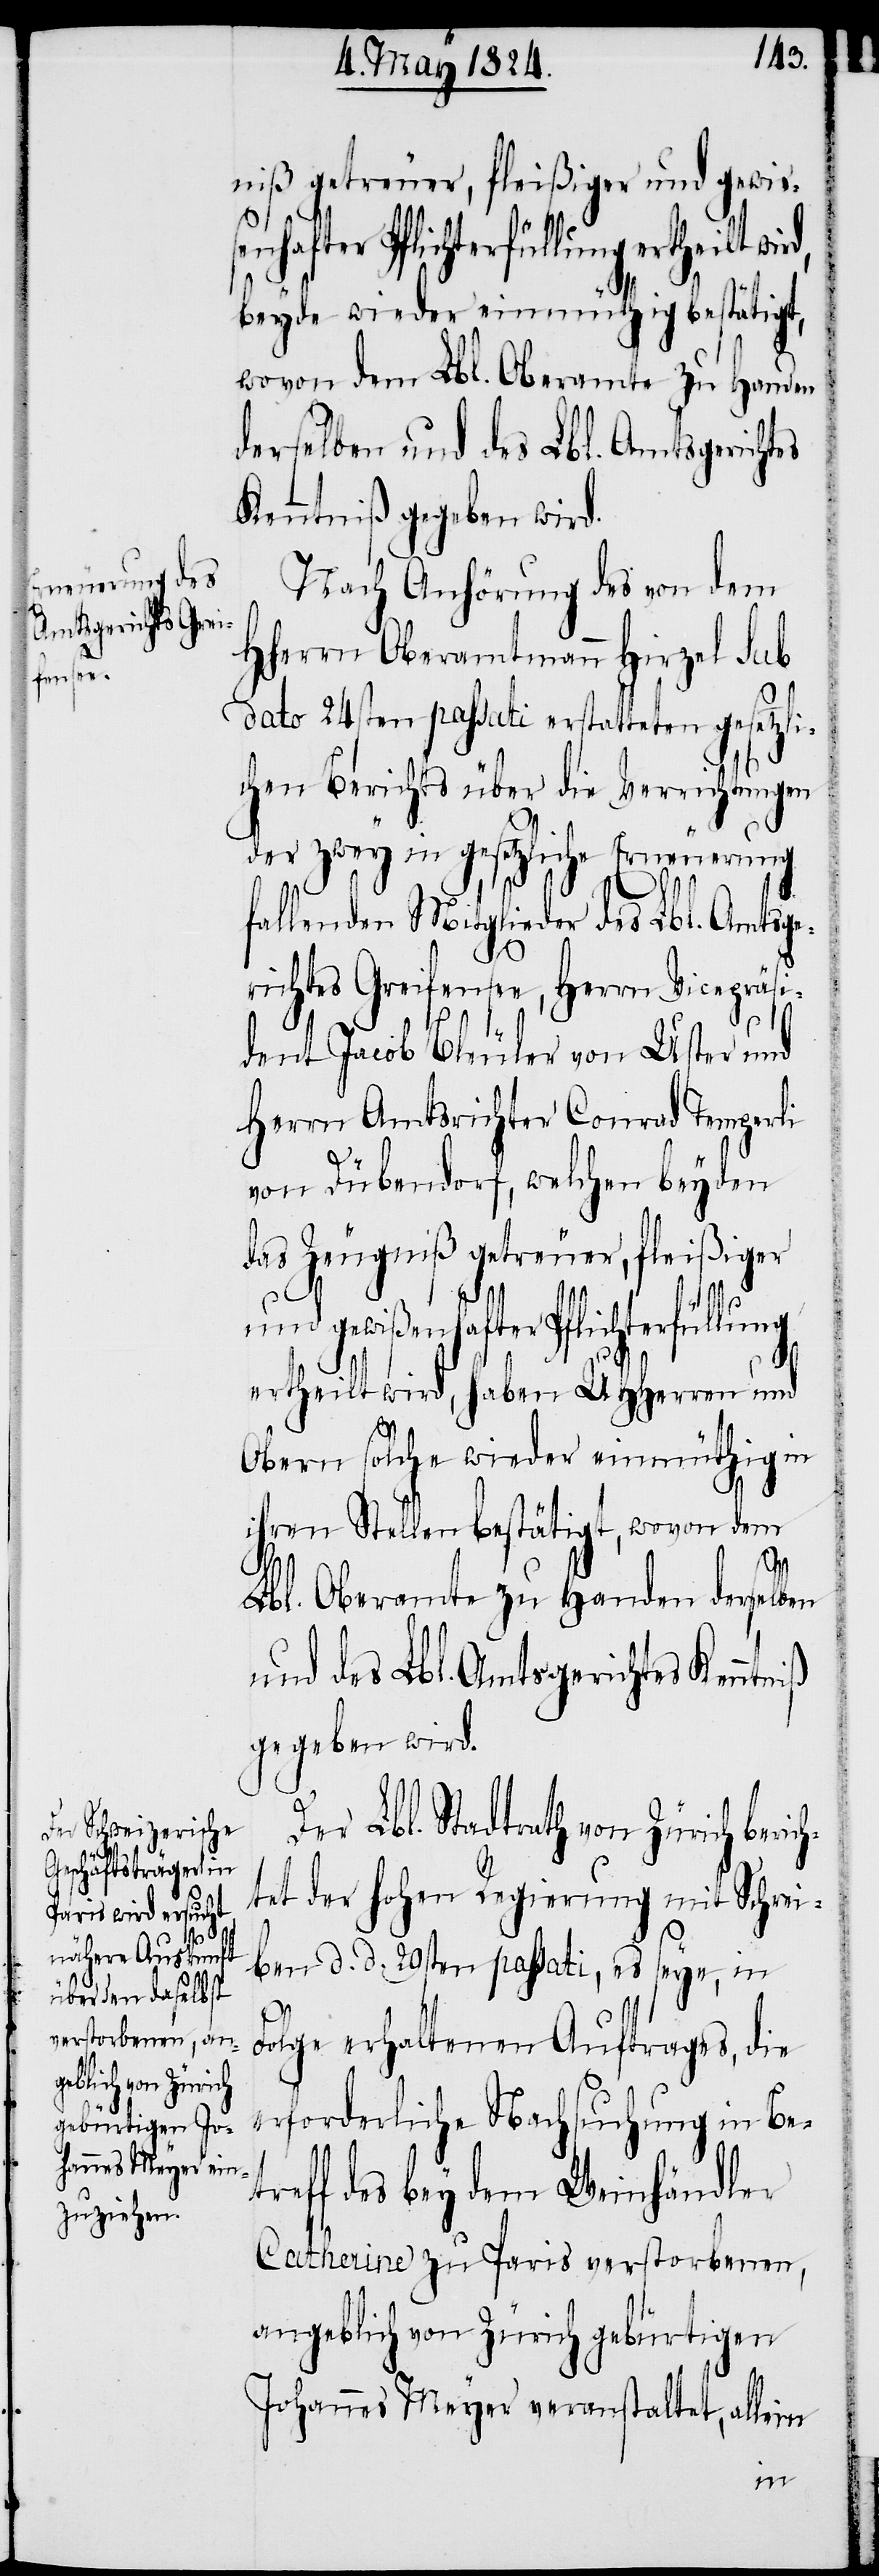
niß getreuer, fleißiger und gewiße¬
nhafter Pflichterfüllung ertheilt
beyde wieder einmüthig bestätigt,
wovon dem Lbl. Oberamte zu Handen
derselben und des Lbl. Amtsgerichtes
Kenntniß gegeben wird.
Nach Anhörung des von dem
HHerrn Oberamtmann Hirzel sub
dato 24sten passati erstatteten gesetzli¬
chen Berichts über die Verrichtungen
der zwey in gesetzliche Erneuerung
fallenden Mitglieder des Lbl. Amtsge¬
richtes Greifensee, Herrn Vicepräsi¬
dent Jacob Bleuler von Uster und
Herrn Amtsrichter Conrad Tempereli
von Dübendorf, welchen beyden
das Zeugniß getreuer, fleißiger
Pflichterfüllung
ertheilt wird, haben UHHerren und
Obern solche wieder einmüthig in
ihren Stellen bestätigt, wovon dem
ch¬
Lbl. Oberamte zu Handen derselben
und des Lbl. Amtsgerichtes Kenntniß
gegeben wird.
Der Lbl. Stadtrath von Zürich beri¬
tet der hohen Regierung mit Schrei¬
ben d. d. 29sten passati, es seye, in
Folge erhaltenen Auftrages, die
erforderliche Nachsuchung in Bet¬
reff des bey dem Weinhändler
Catherine zu Paris verstorbenen,
angeblich von Zürich gebürtigen
Johannes Meyer veranstaltet, allein